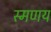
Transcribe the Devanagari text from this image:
स्मणय